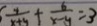
\frac { 4 } { x + y } + \frac { 6 } { x - y } = 3